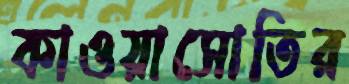
কাওয়াসোতির